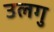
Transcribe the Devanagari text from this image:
उलगु